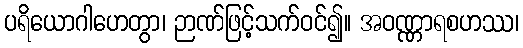
ပရိယောဂါဟေတွာ၊ ဉာဏ်ဖြင့်သက်ဝင်၍။ အဝဏ္ဏာရစဟဿ၊